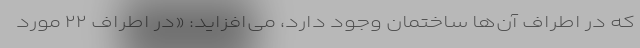
که در اطراف آن‌ها ساختمان وجود دارد، می‌افزاید: «در اطراف ۲۲ مورد